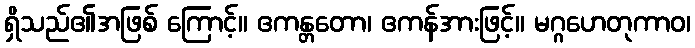
ရှိသည်၏အဖြစ် ကြောင့်။ ဧကန္တတော၊ ဧကန်အားဖြင့်။ မဂ္ဂဟေတုကာဝ၊